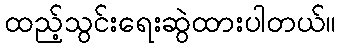
ထည့်သွင်းရေးဆွဲထားပါတယ်။